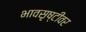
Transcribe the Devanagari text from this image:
भावसृष्टीवर